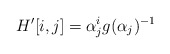
\begin{align*}H'[i,j]=\alpha_j^ig(\alpha_j)^{-1}\end{align*}